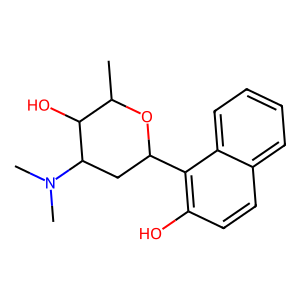
SMILES: CC1OC(c2c(O)ccc3ccccc23)CC(N(C)C)C1O
Inhibits HIV replication: No